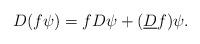
LaTeX: \begin{align*}D(f \psi) = f D\psi + ({\underline D}f) \psi.\end{align*}